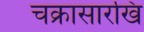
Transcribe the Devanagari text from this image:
चक्रासारखि